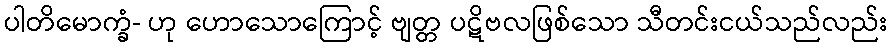
ပါတိမောက္ခံ- ဟု ဟောသောကြောင့် ဗျတ္တ ပဋိဗလဖြစ်သော သီတင်းငယ်သည်လည်း